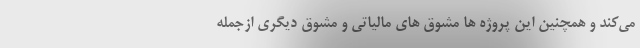
می‌کند و همچنین این پروژه ها مشوق های مالیاتی و مشوق دیگری ازجمله